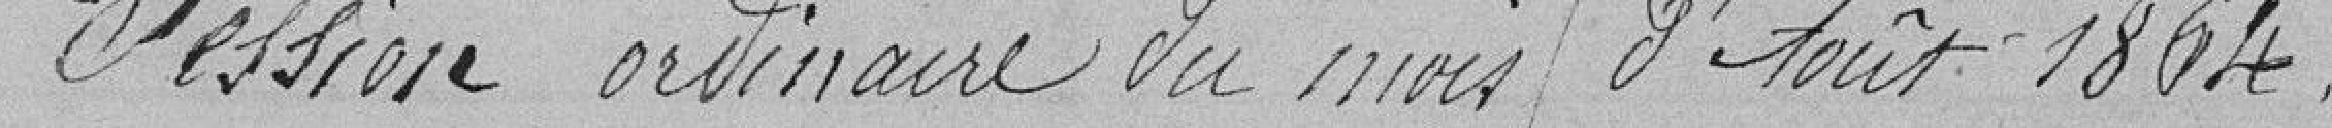
Cession ordinaire du mois d’Août 1864.